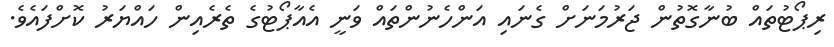
ރިޕޯޓުތައް ބުނާގޮތުން ޖަރުމަނަށް ގެނައި އަންހެނުންތައް ވަނީ އެއާޕޯޓުގެ ތެރެއިން ހައްޔަރު ކޮށްފައެވެ.